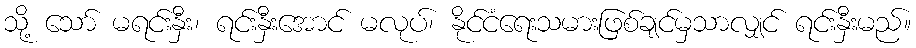
သို့ သော် မရင်းနှီး၊ ရင်းနှီးအောင် မလုပ်၊ နိုင်ငံရေးသမားဖြစ်ချင်မှသာလျှင် ရင်းနှီးမည်။